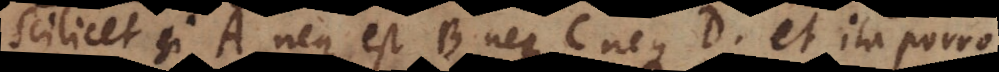
Scilicet si A neque est B neque C neque D, et ita porro